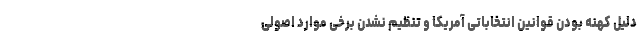
دلیل کهنه بودن قوانین انتخاباتی آمریکا و تنظیم نشدن برخی موارد اصولی